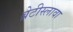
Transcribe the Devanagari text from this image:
ब्रेटीस्लावा